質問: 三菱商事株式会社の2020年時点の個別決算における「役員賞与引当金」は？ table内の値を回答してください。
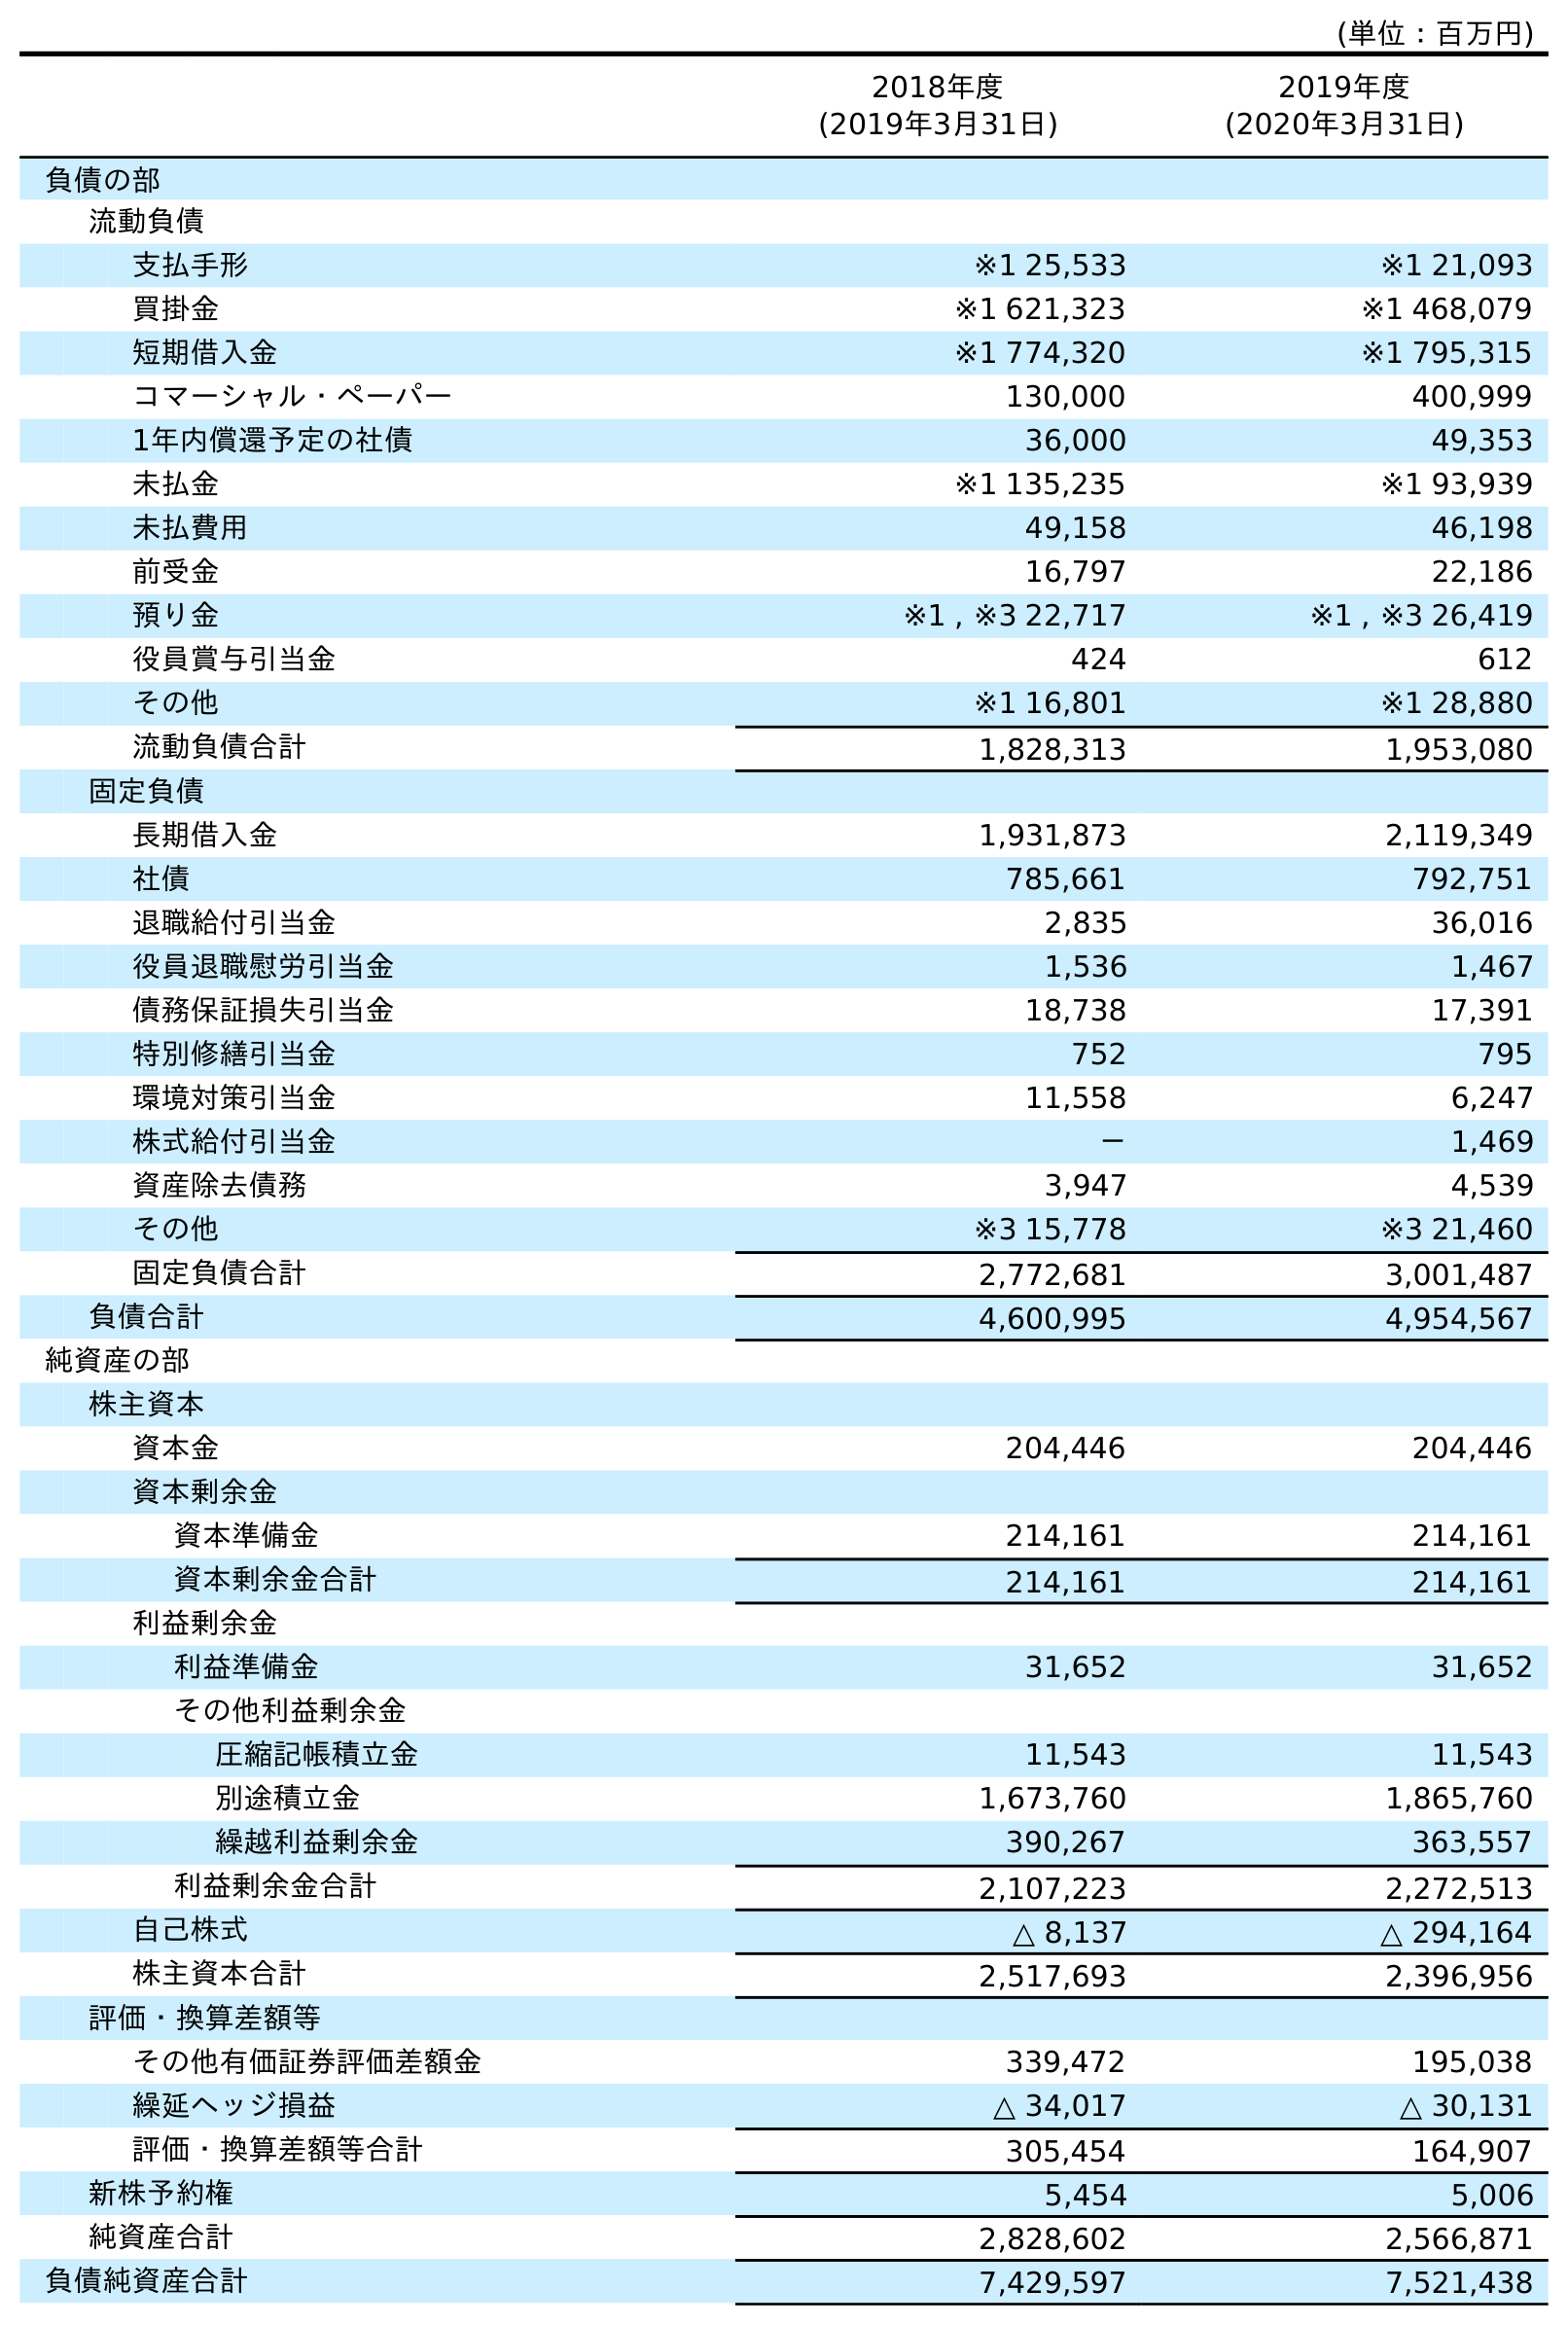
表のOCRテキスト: (単位：百万円) 2018年度 (2019年3月31日) 2019年度 (2020年3月31日) 負債の部 流動負債 支払手形 ※1 25,533 ※1 21,093 買掛金 ※1 621,323 ※1 468,079 短期借入金 ※1 774,320 ※1 795,315 コマーシャル・ペーパー 130,000 400,999 1年内償還予定の社債 36,000 49,353 未払金 ※1 135,235 ※1 93,939 未払費用 49,158 46,198 前受金 16,797 22,186 預り金 ※1 , ※3 22,717 ※1 , ※3 26,419 役員賞与引当金 424 612 その他 ※1 16,801 ※1 28,880 流動負債合計 1,828,313 1,953,080 固定負債 長期借入金 1,931,873 2,119,349 社債 785,661 792,751 退職給付引当金 2,835 36,016 役員退職慰労引当金 1,536 1,467 債務保証損失引当金 18,738 17,391 特別修繕引当金 752 795 環境対策引当金 11,558 6,247 株式給付引当金 － 1,469 資産除去債務 3,947 4,539 その他 ※3 15,778 ※3 21,460 固定負債合計 2,772,681 3,001,487 負債合計 4,600,995 4,954,567 純資産の部 株主資本 資本金 204,446 204,446 資本剰余金 資本準備金 214,161 214,161 資本剰余金合計 214,161 214,161 利益剰余金 利益準備金 31,652 31,652 その他利益剰余金 圧縮記帳積立金 11,543 11,543 別途積立金 1,673,760 1,865,760 繰越利益剰余金 390,267 363,557 利益剰余金合計 2,107,223 2,272,513 自己株式 △ 8,137 △ 294,164 株主資本合計 2,517,693 2,396,956 評価・換算差額等 その他有価証券評価差額金 339,472 195,038 繰延ヘッジ損益 △ 34,017 △ 30,131 評価・換算差額等合計 305,454 164,907 新株予約権 5,454 5,006 純資産合計 2,828,602 2,566,871 負債純資産合計 7,429,597 7,521,438
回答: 612